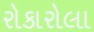
રોકારોલા